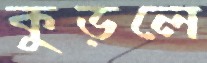
কুড়লে